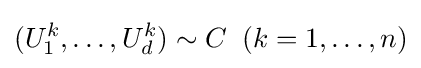
(U_{1}^{k},\dots ,U_{d}^{k})\sim C\;\;(k=1,\dots ,n)